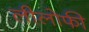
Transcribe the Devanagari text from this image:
लीलोफी